Indian journal of veterinary science and animal husbandry - Volume 6,
Year: 1936
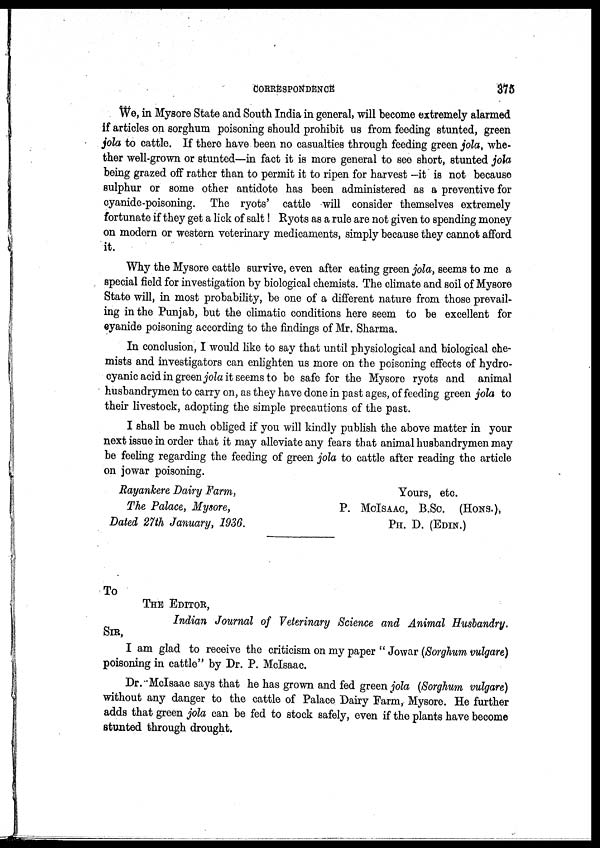
CORRESPONDENCE
375
We, in Mysore State and South India in general, will become extremely alarmed
if articles on sorghum poisoning should prohibit us from feeding stunted, green
jola to cattle. If there have been no casualties through feeding green jola, whe-
ther well-grown or stunted—in fact it is more general to see short, stunted jola
being grazed off rather than to permit it to ripen for harvest —it is not because
sulphur or some other antidote has been administered as a preventive for
cyanide-poisoning. The ryots' cattle will consider themselves extremely
fortunate if they get a lick of salt! Ryots as a rule are not given to spending money
on modern or western veterinary medicaments, simply because they cannot afford
it.
Why the Mysore cattle survive, even after eating green jola, seems to me a
special field for investigation by biological chemists. The climate and soil of Mysore
State will, in most probability, be one of a different nature from those prevail-
ing in the Punjab, but the climatic conditions here seem to be excellent for
cyanide poisoning according to the findings of Mr. Sharma.
In conclusion, I would like to say that until physiological and biological che-
mists and investigators can enlighten us more on the poisoning effects of hydro-
cyanic acid in green jola it seems to be safe for the Mysore ryots and animal
husbandrymen to carry on, as they have done in past ages, of feeding green jola to
their livestock, adopting the simple precautions of the past.
I shall be much obliged if you will kindly publish the above matter in your
next issue in order that it may alleviate any fears that animal husbandrymen may
be feeling regarding the feeding of green jola to cattle after reading the article
on jowar poisoning.
Rayankere Dairy Farm,
Yours, etc.
The Palace, Mysore,
P. MCISAAC, B.SC. (HONS.),
Dated 27th January, 1936.
PH. D. (EDIN.)
To
THE EDITOR,
Indian Journal of Veterinary Science and Animal Husbandry.
SIR,
I am glad to receive the criticism on my paper " Jowar (Sorghum vulgare)
poisoning in cattle" by Dr. P. McIsaac.
Dr. McIsaac says that he has grown and fed green jola (Sorghum vulgare)
without any danger to the cattle of Palace Dairy Farm, Mysore. He further
adds that green jola can be fed to stock safely, even if the plants have become
stunted through drought.